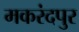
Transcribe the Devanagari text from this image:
मकरंदपुर